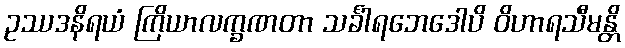
ဥဿဒနိရယံ ကြိယာလက္ခဏတာ သင်္ခါရဘေဒေါပိ ဝိဟာရသီမန္တိ